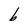
Character: b